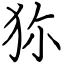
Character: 狝